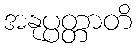
အနုပ္ပတ္တာတိ